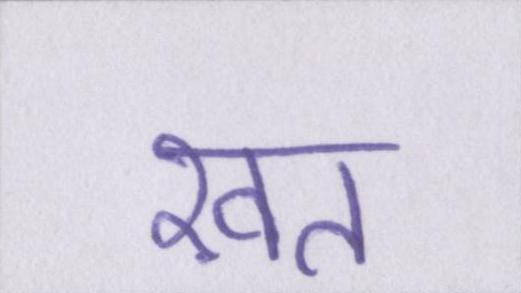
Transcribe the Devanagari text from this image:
ख़त